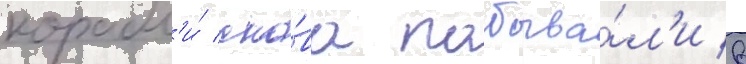
корабл'и́ сно́ва побыва́л'и в